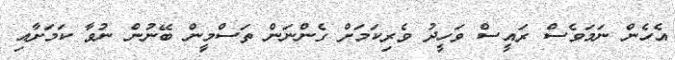
އެހެން ނަމަވެސް ރައީސް ވަހީދު ވެރިކަމަށް ގެންނަން ތަސްމީން ބޭނުން ނުވާ ކަމަށާއި